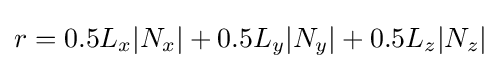
r=0.5L_{x}|N_{x}|+0.5L_{y}|N_{y}|+0.5L_{z}|N_{z}|